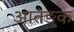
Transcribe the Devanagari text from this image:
आतङक